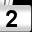
Digit: 2